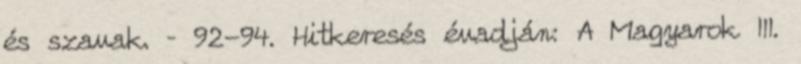
és szavak. – 92-94. Hitkeresés évadján: A Magyarok III.